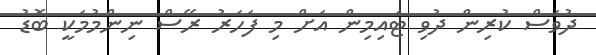
ދުވަސް ކުރިން ދުވި ޓައިމިން އަށް މި ފަހަރު ރޭސް ނިންމުމަކީ ބޮޑު